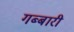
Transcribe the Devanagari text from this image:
गब्बारी